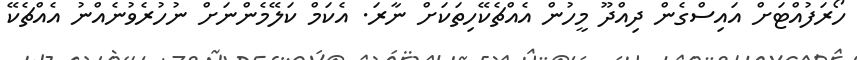
ހޯރަފުއްޓަށް އައިސްގެން ދިއްދޫ މީހުން އެއްޗެކޭހިތަކަށް ނާރަ. އެކަމް ކަލޭމެންނަށް ނުހުރެވުނެއްނު އެއްޗެކޭ